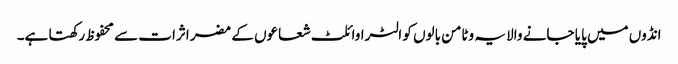
انڈوں میں پایا جانے والا یہ وٹامن بالوں کو الٹراوائلٹ شعاعوں کے مضر اثرات سے محفوظ رکھتا ہے۔